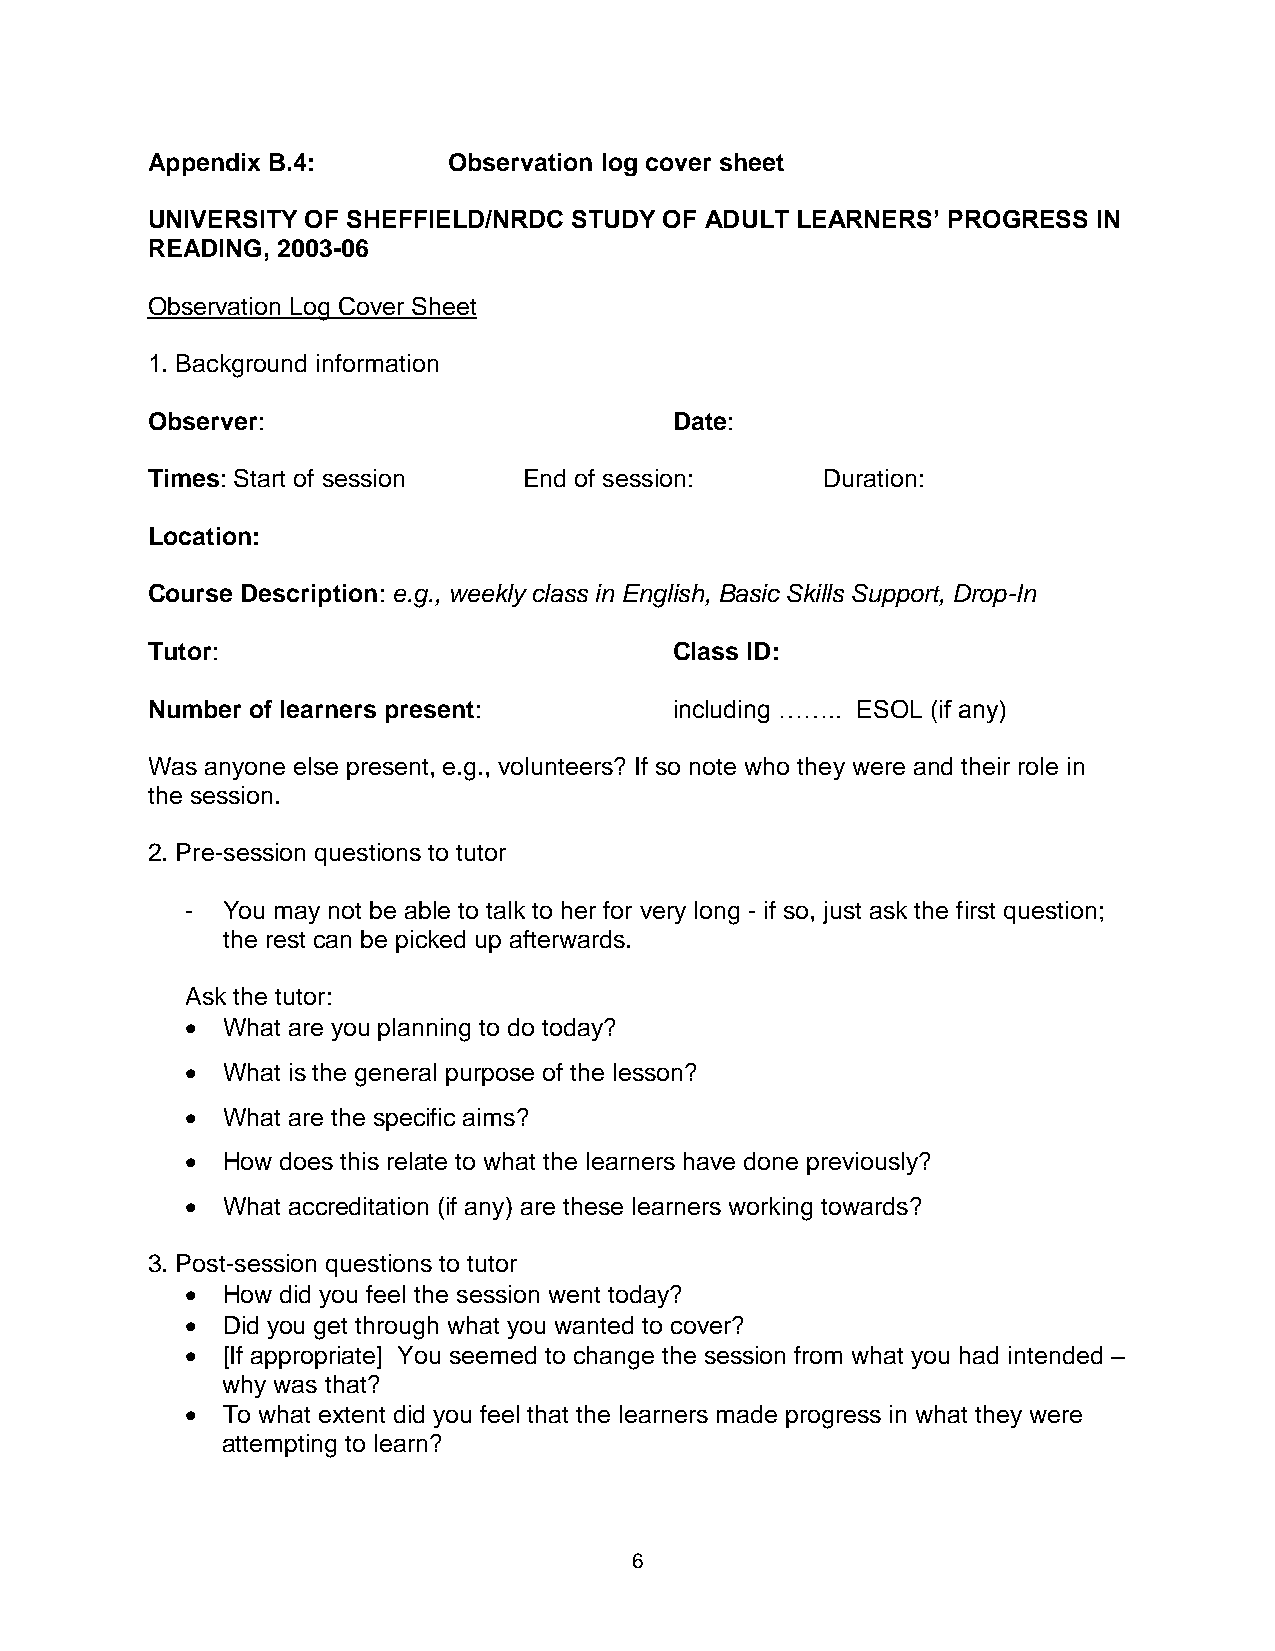
Appendix B.4:       Observation log cover sheet
 UNIVERSITY OF SHEFFIELD/NRDC STUDY OF ADULT LEARNERS’ PROGRESS IN
 READING, 2003-06
 Observation Log Cover Sheet
 1. Background information
 Observer:                          Date:
 Times: Start of session  End of session:    Duration:
 Location:
 Course Description: e.g., weekly class in English, Basic Skills Support, Drop-In
 Tutor:                             Class ID:
 Number of learners present:        including …….. ESOL (if any)
 Was anyone else present, e.g., volunteers? If so note who they were and their role in
 the session.
 2. Pre-session questions to tutor
 -  You may not be able to talk to her for very long - if so, just ask the first question;
 the rest can be picked up afterwards.
 Ask the tutor:
   What are you planning to do today?
   What is the general purpose of the lesson?
   What are the specific aims?
   How does this relate to what the learners have done previously?
   What accreditation (if any) are these learners working towards?
 3. Post-session questions to tutor
   How did you feel the session went today?
   Did you get through what you wanted to cover?
   [If appropriate] You seemed to change the session from what you had intended –
 why was that?
   To what extent did you feel that the learners made progress in what they were
 attempting to learn?
 6